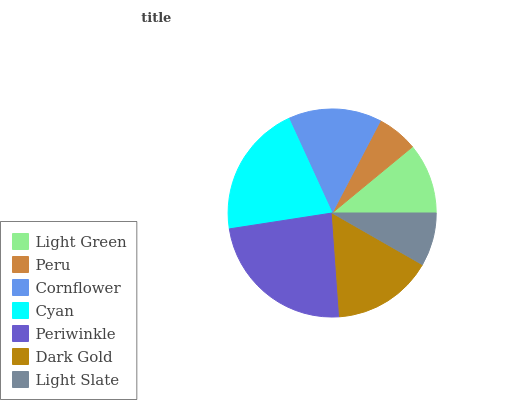
| Light Green | Peru | Cornflower | Cyan | Periwinkle | Dark Gold | Light Slate |
 | --- | --- | --- | --- | --- | --- | --- |
 | 11% | 6.37% | 14.5% | 20.5% | 23.7% | 15.6% | 8.28% |